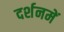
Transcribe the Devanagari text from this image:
दर्शनमें